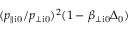
( p _ { \parallel \mathrm { i 0 } } / p _ { \perp \mathrm { i 0 } } ) ^ { 2 } ( 1 - \beta _ { \perp \mathrm { i 0 } } \Delta _ { \mathrm { 0 } } )